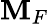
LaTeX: \mathbf{M}_{F}